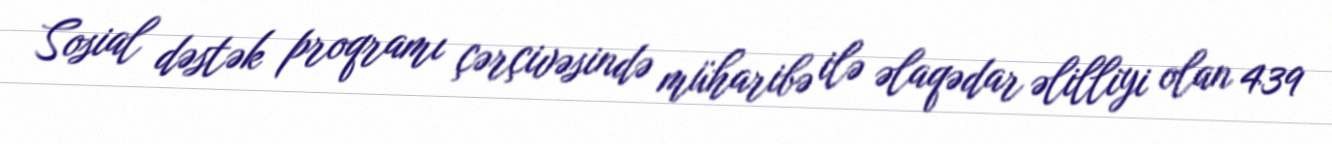
Sosial dəstək proqramı çərçivəsində müharibə ilə əlaqədar əlilliyi olan 439